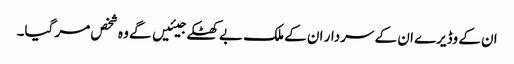
ان کے وڈیرے ان کے سردار ان کے ملک بے کھٹکے جیئیں گے وہ شخص مر گیا۔